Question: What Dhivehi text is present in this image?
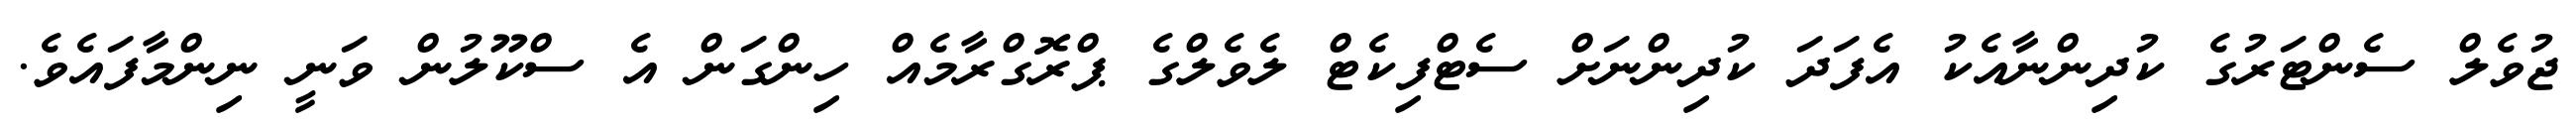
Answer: ޖުވެލް ސެންޓަރުގެ ކުދިންނާއެކު އެފަދަ ކުދިންނަށް ސެޓްފިކެޓް ލެވެލްގެ ޕްރޮގްރާމެއް ހިންގަން އެ ސްކޫލުން ވަނީ ނިންމާފައެވެ.